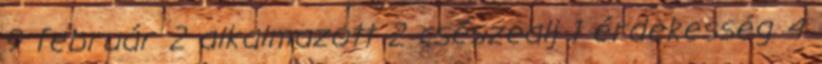
9 február 2 alkalmazott 2 csészealj 1 érdekesség 4